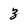
Character: 3